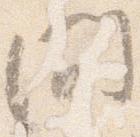
間